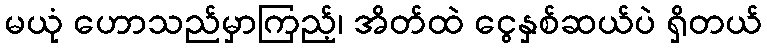
မယုံ ဟောသည်မှာကြည့်၊ အိတ်ထဲ ငွေနှစ်ဆယ်ပဲ ရှိတယ်